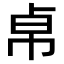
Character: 𢂦